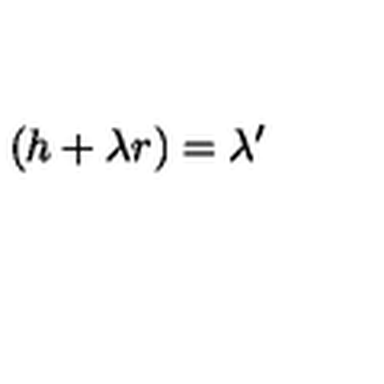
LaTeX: ( h + \lambda r ) = \lambda ^ { \prime }